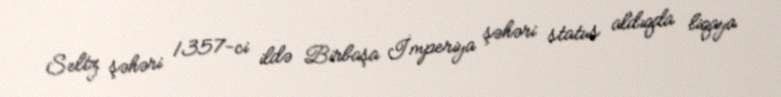
Seltz şəhəri 1357-ci ildə Birbaşa İmperiya şəhəri status aldıqda liqaya